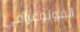
الفوتوغرافي